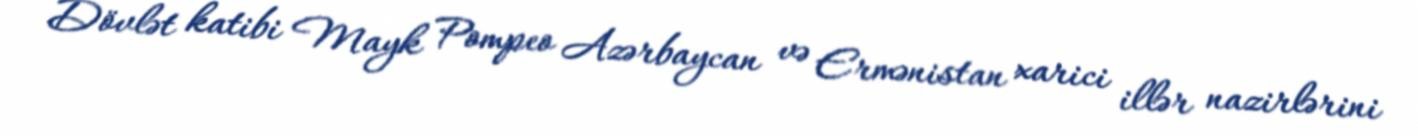
Dövlət katibi Mayk Pompeo Azərbaycan və Ermənistan xarici illər nazirlərini